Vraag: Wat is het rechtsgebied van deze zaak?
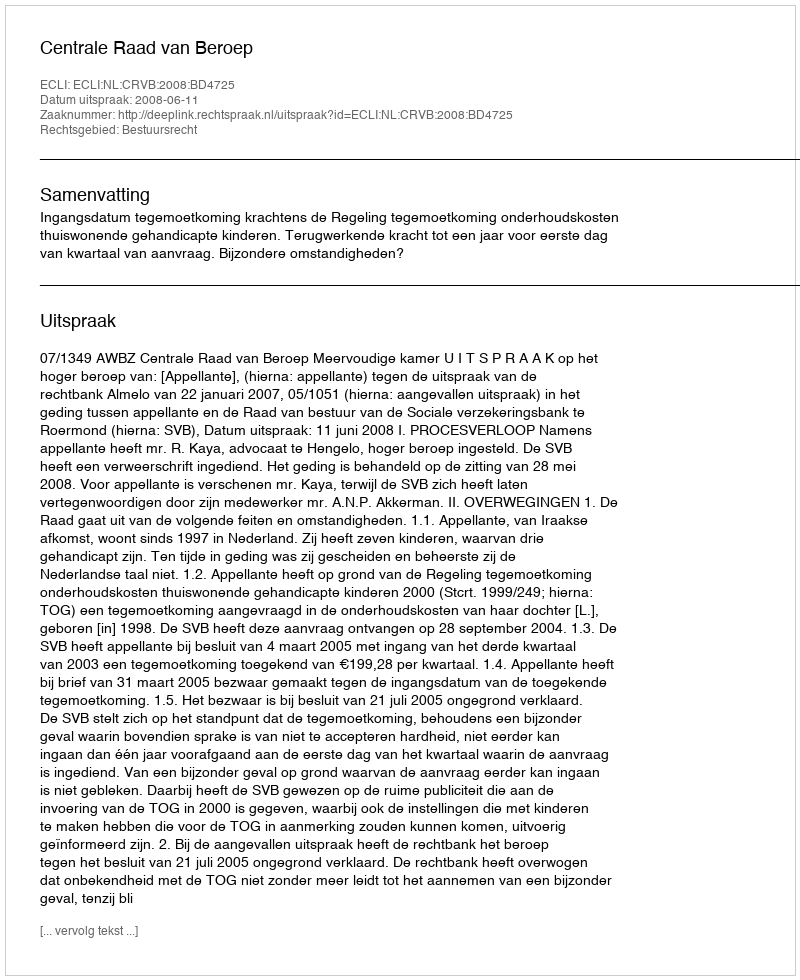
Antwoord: Bestuursrecht